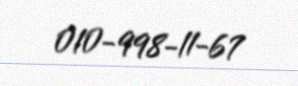
010-998-11-67